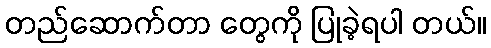
တည်ဆောက်တာ တွေကို ပြုခဲ့ရပါ တယ်။